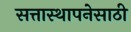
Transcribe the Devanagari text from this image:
सत्तास्थापनेसाठी